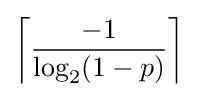
\left\lceil {\frac {-1}{\log _{2}(1-p)}}\right\rceil